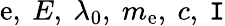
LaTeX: \mathrm{e},\ E,\ \lambda_{0},\ m_{\mathrm{e}},\ c,\ \mathtt{I}